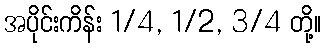
အပိုင်းကိန်း 1/4, 1/2, 3/4 တို့။